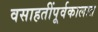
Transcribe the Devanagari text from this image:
वसाहतींपूर्वकालात